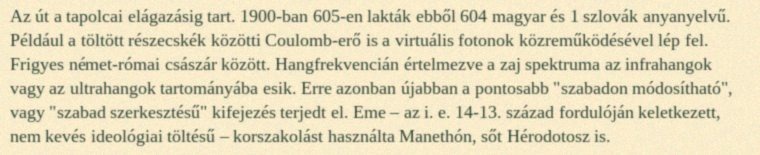
Az út a tapolcai elágazásig tart. 1900-ban 605-en lakták ebből 604 magyar és 1 szlovák anyanyelvű. Például a töltött részecskék közötti Coulomb-erő is a virtuális fotonok közreműködésével lép fel. Frigyes német-római császár között. Hangfrekvencián értelmezve a zaj spektruma az infrahangok vagy az ultrahangok tartományába esik. Erre azonban újabban a pontosabb "szabadon módosítható", vagy "szabad szerkesztésű" kifejezés terjedt el. Eme – az i. e. 14-13. század fordulóján keletkezett, nem kevés ideológiai töltésű – korszakolást használta Manethón, sőt Hérodotosz is.